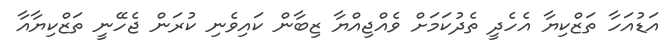
އަޑުއަހާ ތަޒްކިޔާ އެހެދީ ތެދުކަމަށް ވެއްޖިއްޔާ ޒިބާން ކައިވެނި ކުރަން ޖެހޭނީ ތަޒްކިޔާއާ